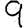
Digit: 9